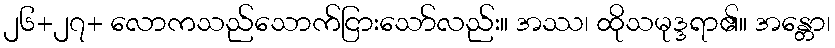
၂၆+၂၇+ လောကသည်သောက်ငြားသော်လည်း။ အဿ၊ ထိုသမုဒ္ဒရာ၏။ အန္တော၊